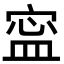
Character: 寍